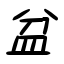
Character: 盆